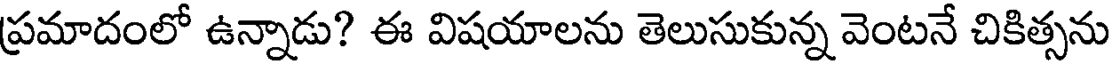
ప్రమాదంలో ఉన్నాడు? ఈ విషయాలను తెలుసుకున్న వెంటనే చికిత్సను